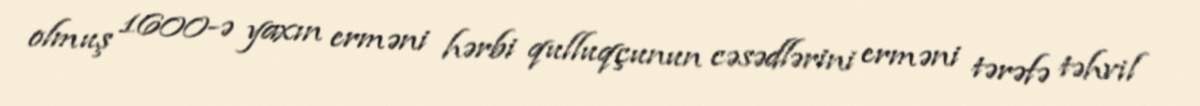
olmuş 1600-ə yaxın erməni hərbi qulluqçunun cəsədlərini erməni tərəfə təhvil